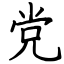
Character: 党